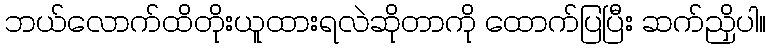
ဘယ်လောက်ထိတိုးယူထားရလဲဆိုတာကို ထောက်ပြပြီး ဆက်ညှိပါ။